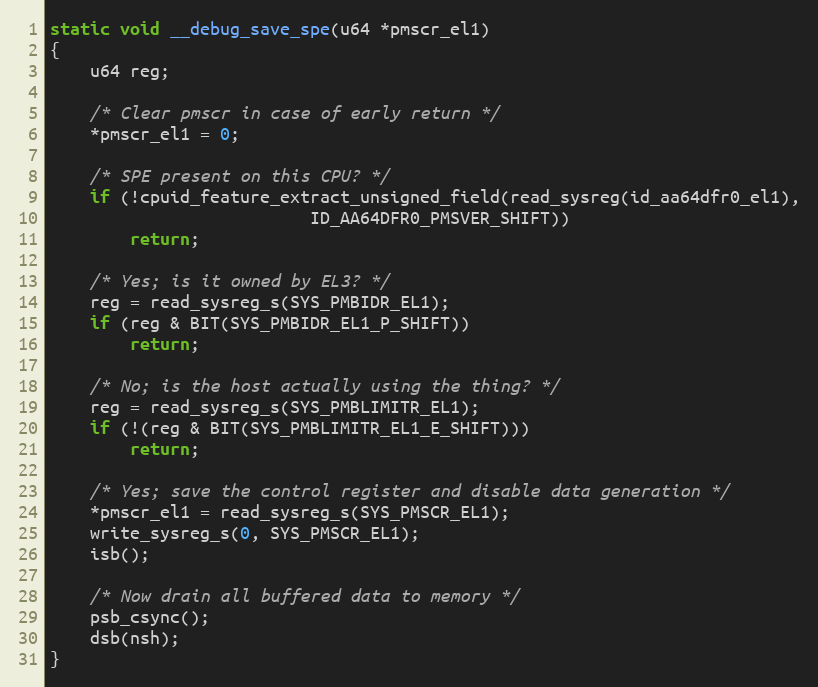
Language: C
static void __debug_save_spe(u64 *pmscr_el1)
{
	u64 reg;

	/* Clear pmscr in case of early return */
	*pmscr_el1 = 0;

	/* SPE present on this CPU? */
	if (!cpuid_feature_extract_unsigned_field(read_sysreg(id_aa64dfr0_el1),
						  ID_AA64DFR0_PMSVER_SHIFT))
		return;

	/* Yes; is it owned by EL3? */
	reg = read_sysreg_s(SYS_PMBIDR_EL1);
	if (reg & BIT(SYS_PMBIDR_EL1_P_SHIFT))
		return;

	/* No; is the host actually using the thing? */
	reg = read_sysreg_s(SYS_PMBLIMITR_EL1);
	if (!(reg & BIT(SYS_PMBLIMITR_EL1_E_SHIFT)))
		return;

	/* Yes; save the control register and disable data generation */
	*pmscr_el1 = read_sysreg_s(SYS_PMSCR_EL1);
	write_sysreg_s(0, SYS_PMSCR_EL1);
	isb();

	/* Now drain all buffered data to memory */
	psb_csync();
	dsb(nsh);
}